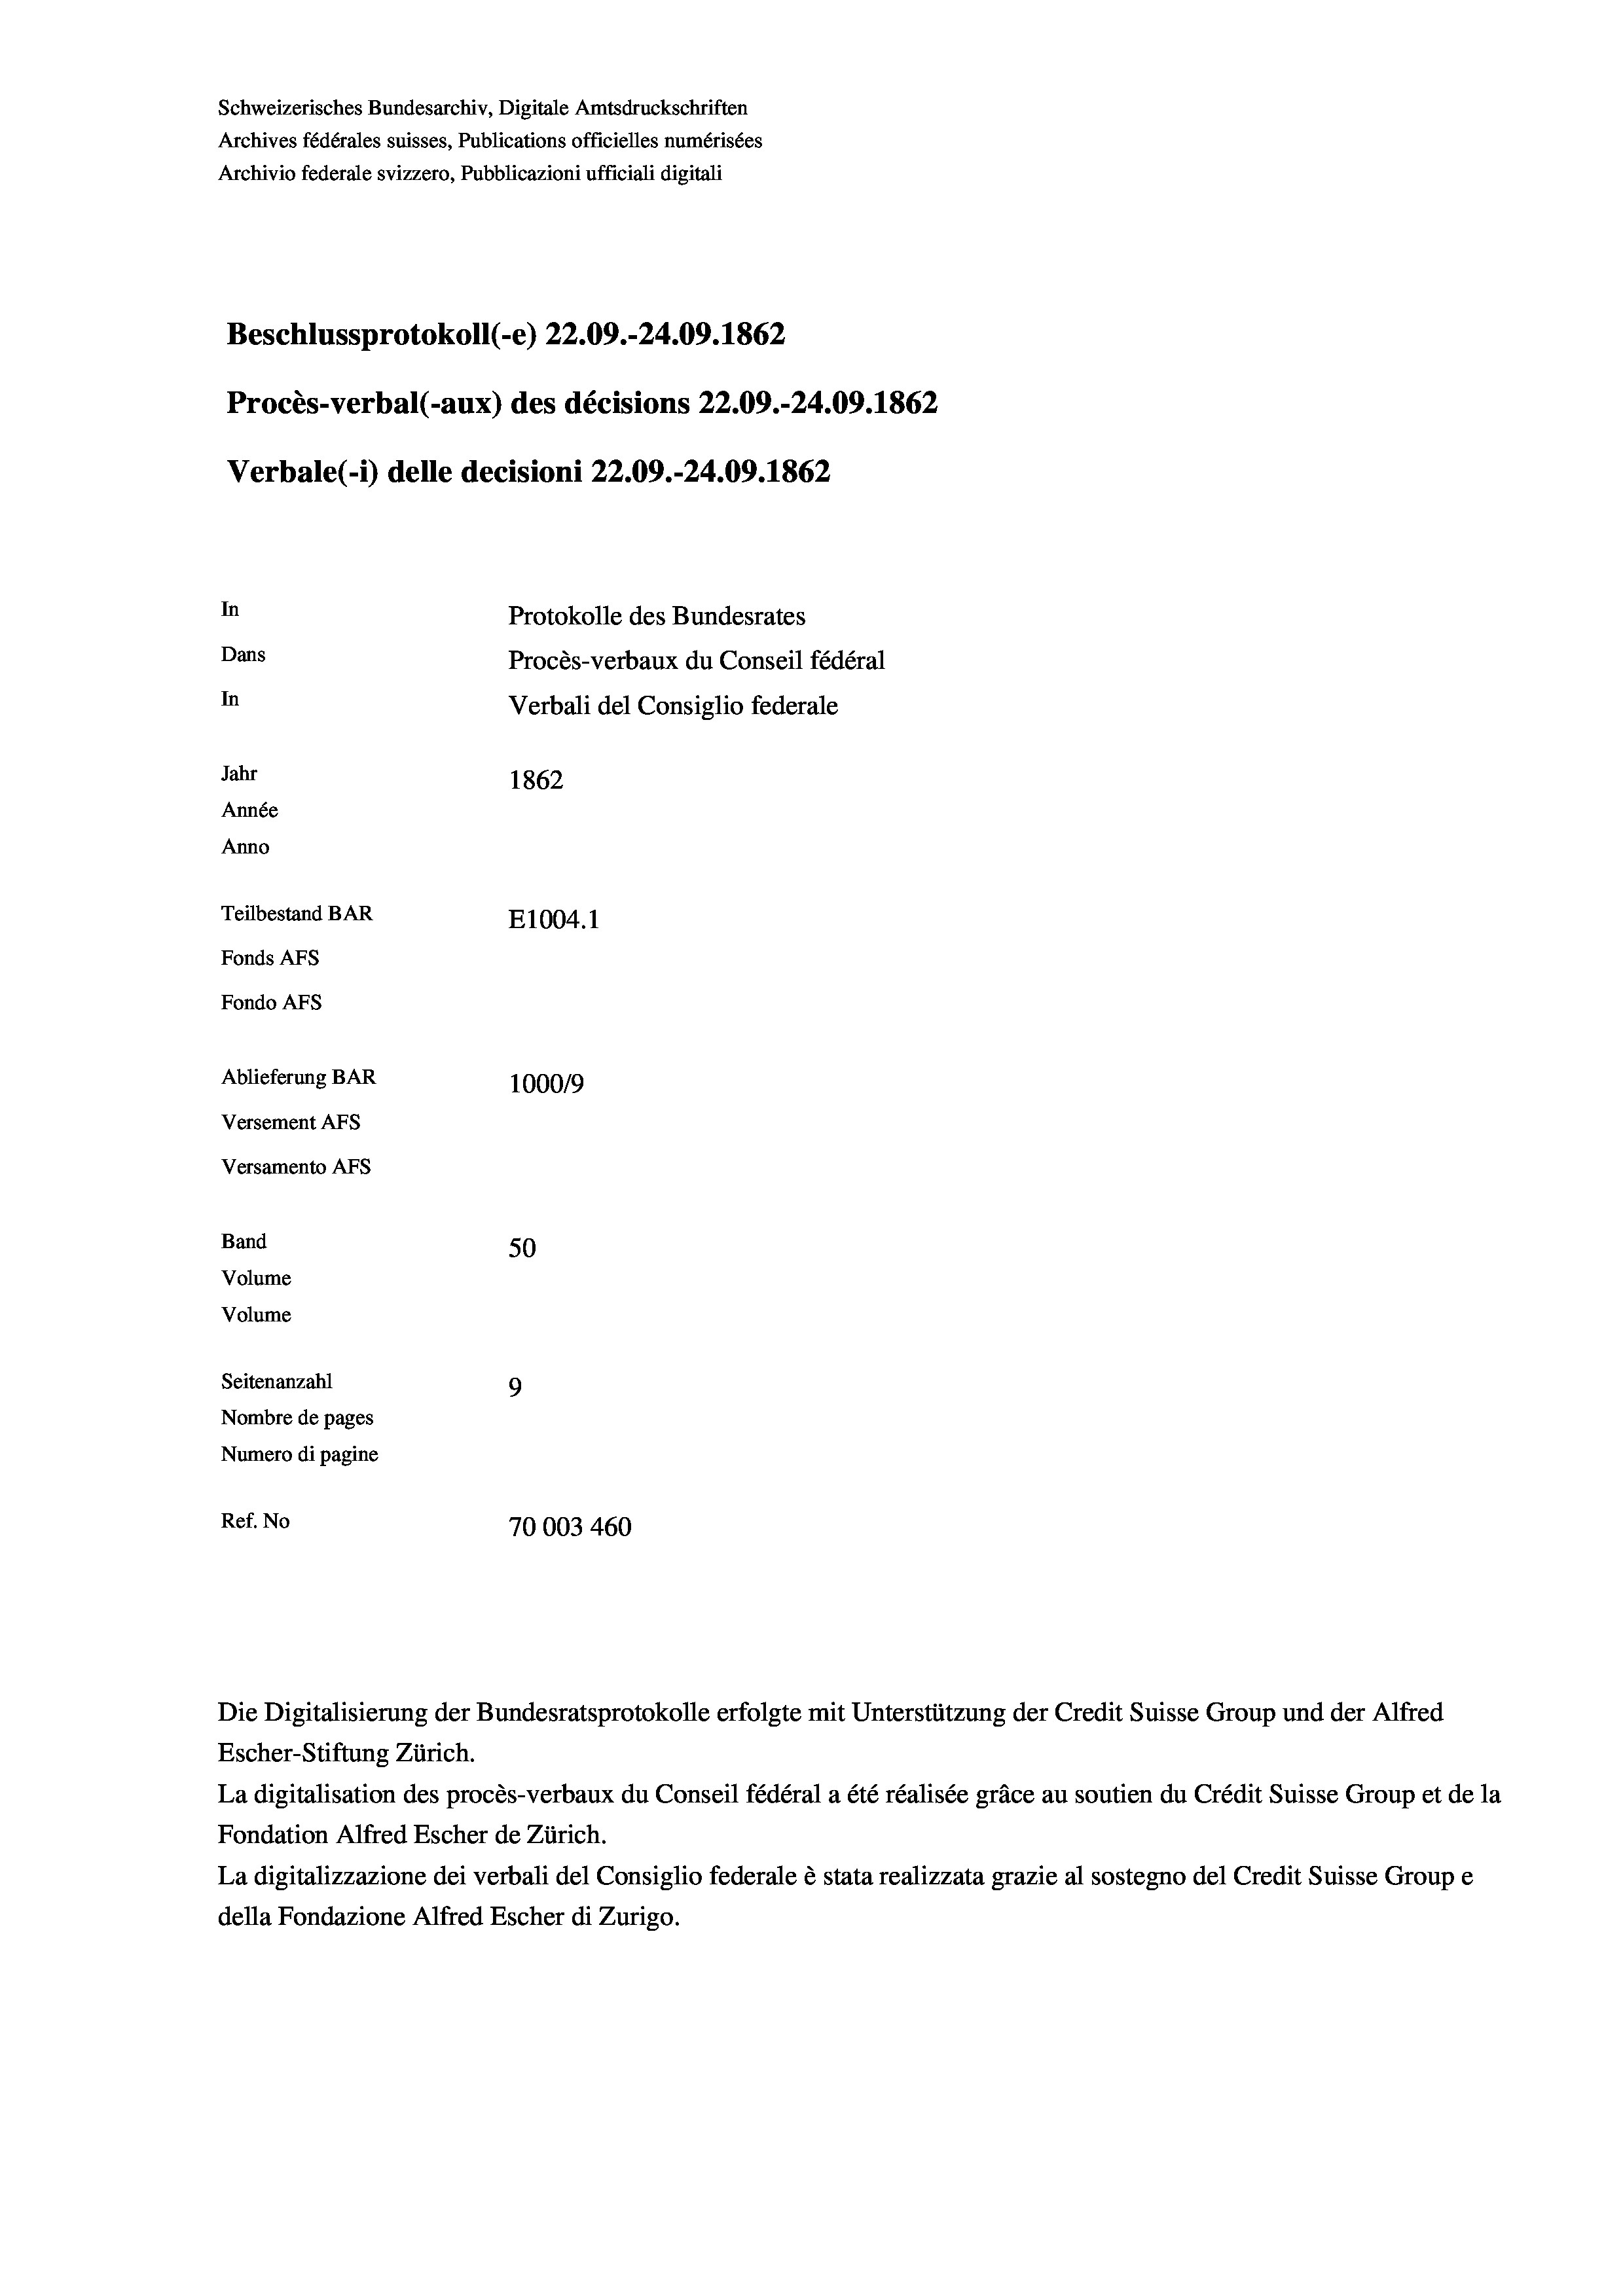
Beschlussprotokoll (-e) 22.09.-24.09. 1862
Procès-verbal (-aux) des décisions 22.09.-24.09. 1862
In
Protokolle des Bundesrates
Dans
Procès-verbaux du Conseil fédéral
In
Jahr
1862
Année
Anno
Teilbestand BAR
E1004. 1
Fonds AFs
Fondo Afs
Ablieferung BAR
100019
Versement AFs
Versamento Afs
Band
50
Volume
Volume

Verbale(*) delle decisioni 22.09.-24.09. 1862

Seitenanzahl

Schweizerisches Bundesarchiv, Digitale Amtsdruckschriften
Archives fédérales suisses, Publications officielles numérisées
Archivio federale svizzero, Pubblicazioni ufficiali digitali

9
Nombre de pages
Numero di pagine
Ref. No
70003460

Verbali del Consiglio federale

Escher-Stiftung Zürich.
La digitalisation des procès-verbaux du Conseil fédéral a été réalisée gräce au soutien du Crédit Suisse Group et de la
Fondation Alfred Escher de Zürich.
La digitalizzazione dei verbali del Consiglio federale è stata realizzata grazie al sostegno del Credit Suisse Groupe
della Fondazione Alfred Escher di Zurigo.

Die Digitalisierung der Bundesratsprotokolle erfolgte mit Unterstützung der Credit Suisse Group und der Alfred